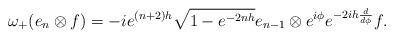
LaTeX: \begin{align*}\omega_{+}(e_n\otimes f)=-ie^{(n+2)h}\sqrt{1-e^{-2nh}}e_{n-1}\otimes e^{i\phi}e^{-2ih\frac{d}{d\phi}}f. \end{align*}